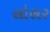
લોસર